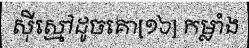
ស៊ីស្មៅដូចគោ[១៦] កម្លាំង